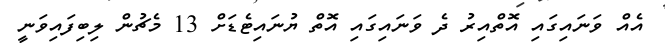
އެއް ވަނައިގައި އޮތްއިރު ދެ ވަނައިގައި އޮތް ޔުނައިޓެޑަށް 13 މެޗުން ލިބިފައިވަނީ